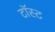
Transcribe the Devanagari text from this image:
टॉस्ट